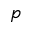
p